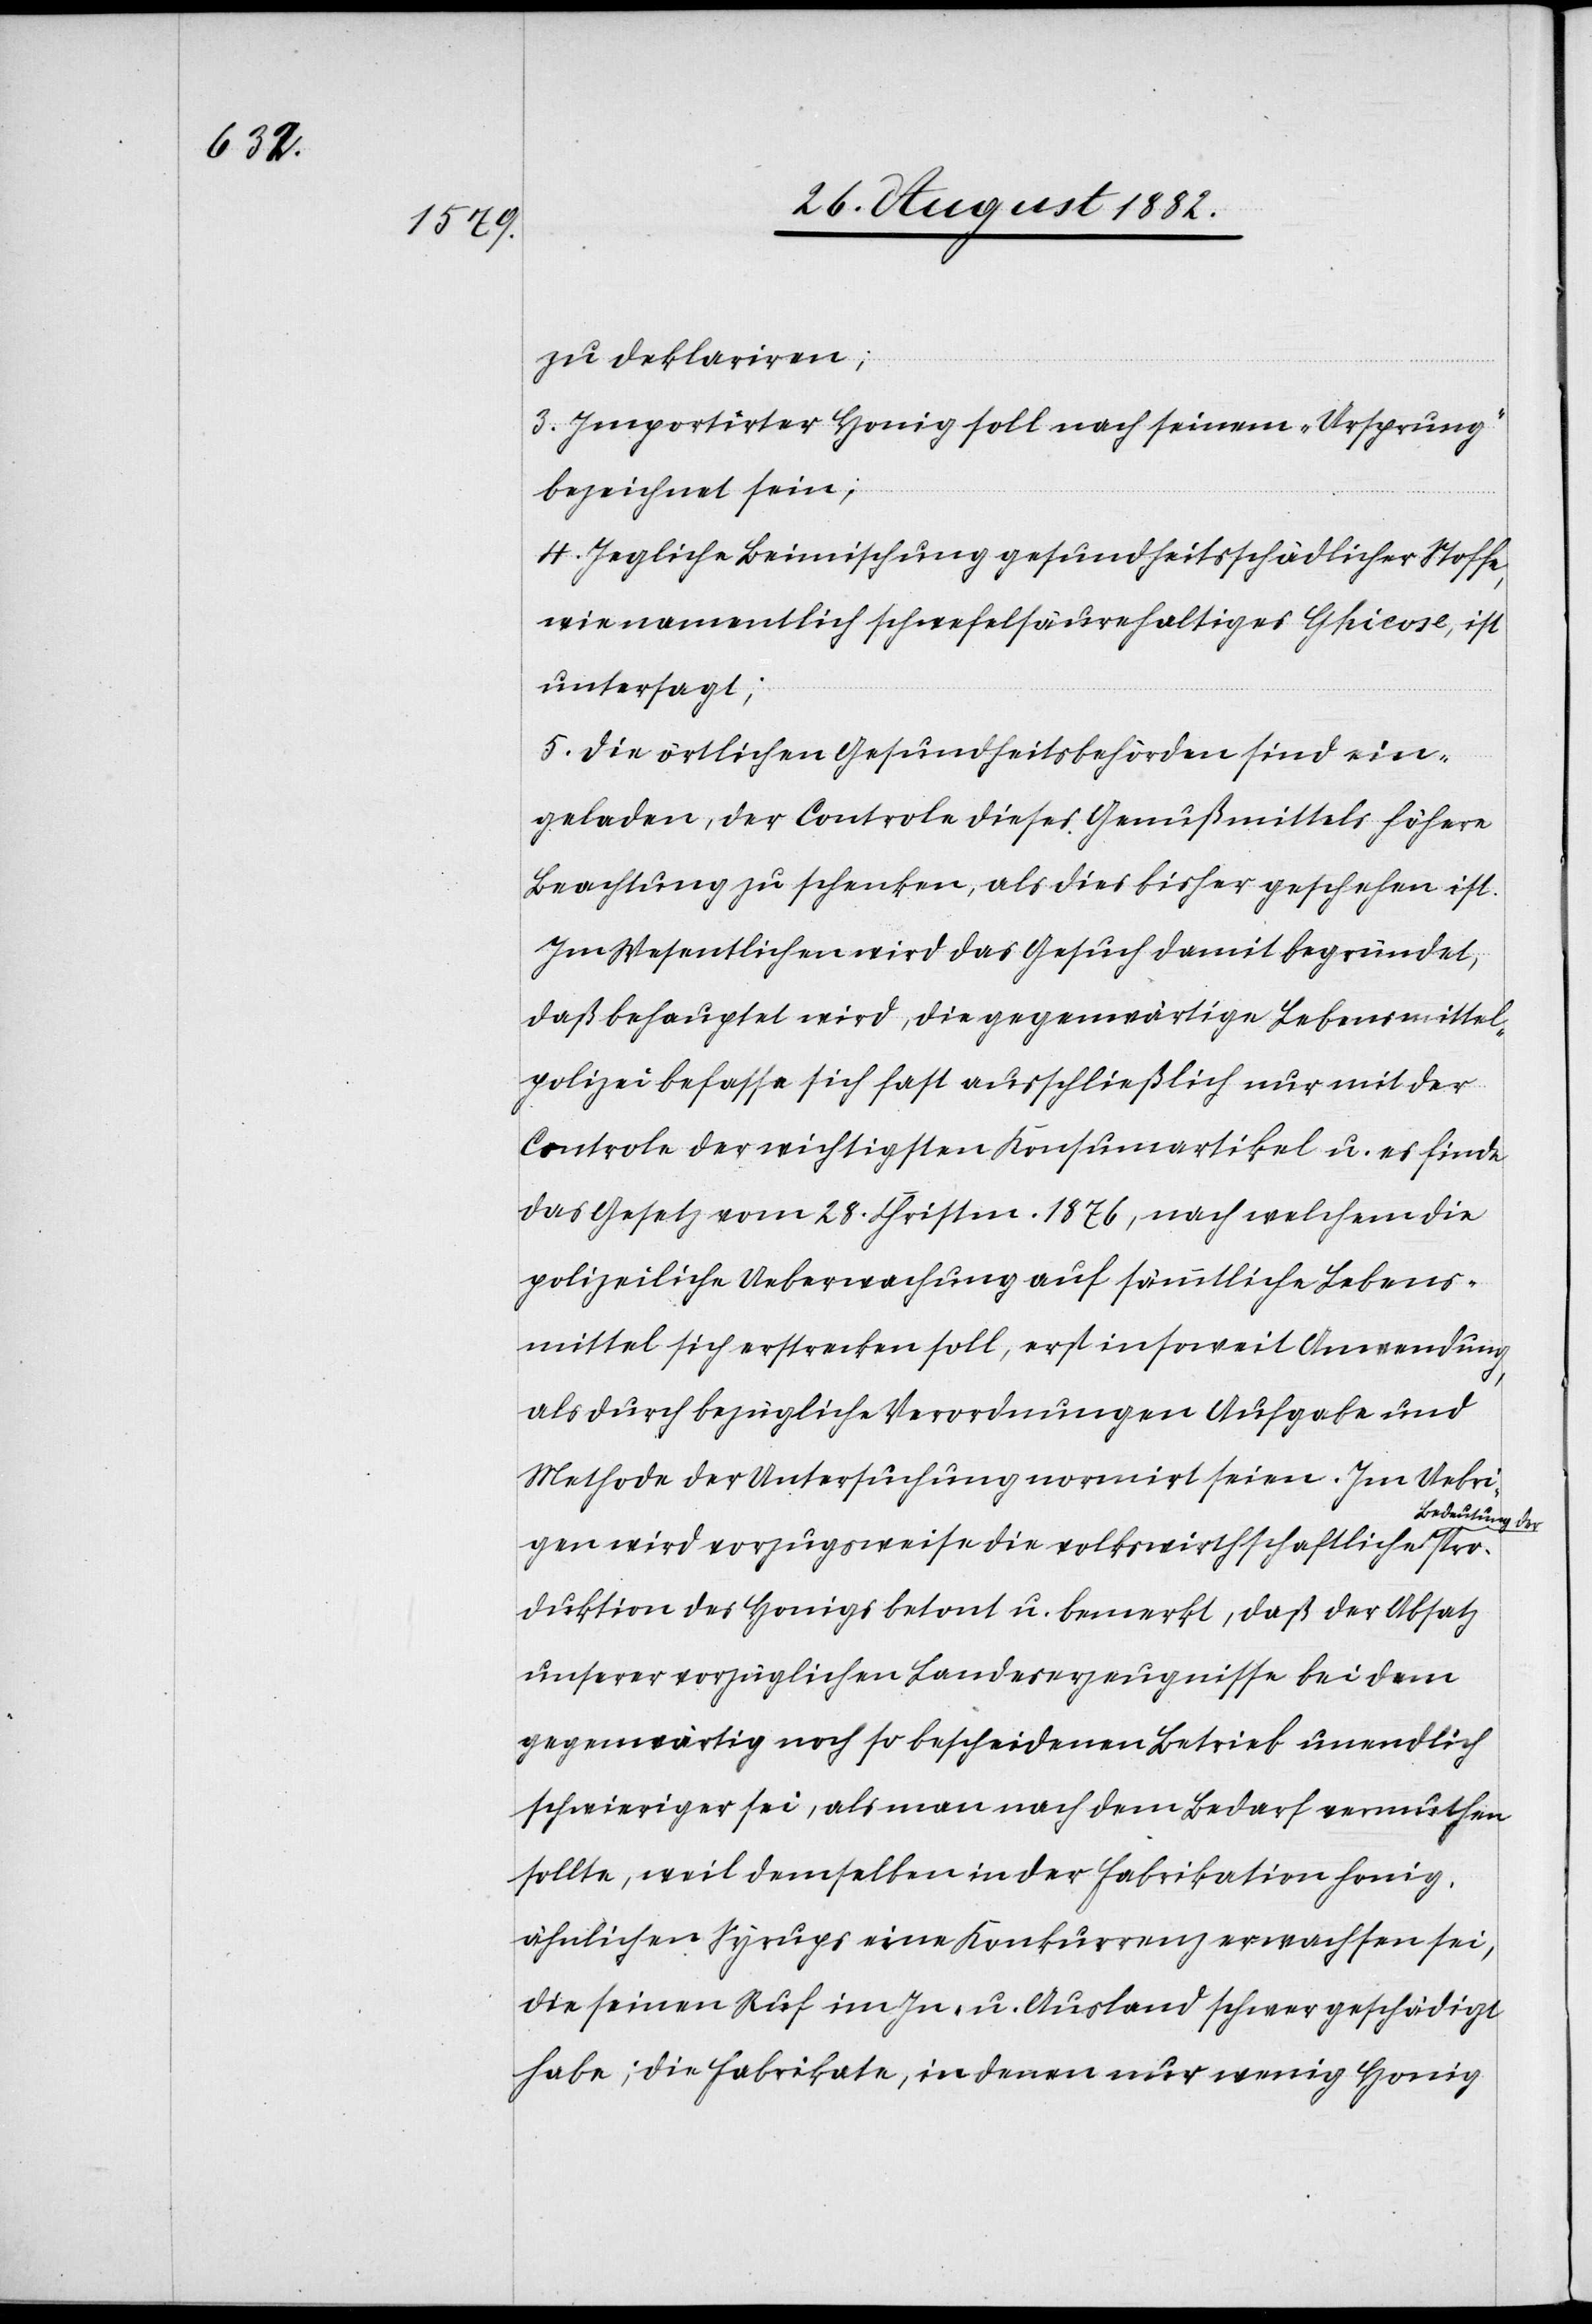
zu deklariren;
3. Importirter Honig soll nach seinem „Ursprung“
bezeichnet sein;
4. Jegliche Beimischung gesundheitsschädlicher Stoffe,
wie namentlich schwefelsäurehaltiges Ghicose, ist
untersagt;
5. Die örtlichen Gesundheitsbehörden sind ein¬
geladen, der Controle dieses Genußmittels höhere
Beachtung zu schenken, als dies bisher geschehen ist.
Im Wesentlichen wird das Gesuch damit begründet,
daß behauptet wird, die gegenwärtige Lebensmittel¬
polizei befasse sich fast ausschließlich nur mit der
Controle der wichtigsten Konsumartikel u. es finde
das Gesetz vom 28. Christm. 1876, nach welchem die
polizeiliche Ueberwachung auf sämmtliche Lebens¬
mittel sich erstrecken soll, erst insoweit Anwendung,
Pro¬
als durch bezügliche Verordnungen Aufgabe und
Methode der Untersuchung normirt seien. Im Uebri¬
deutung der
gen wird vorzugsweise die volkswirthschaftliche Be¬
duktion des Honigs betont u. bemerkt, daß der Absatz
unserer vorzüglichen Landeserzeugnisse bei dem
gegenwärtig noch so bescheidenen Betrieb unendlich
schwieriger sei, als man nach dem Bedarf vermuthen
sollte, weil demselben in der Fabrikation honig¬
ähnlichen Syrups eine Konkurrenz erwachsen sei,
die seinen Ruf im In- und Ausland schwer geschädigt
habe; die Fabrikate, in denen nur wenig Honig